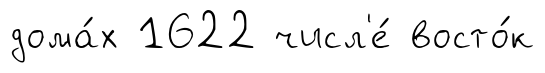
дома́х 1622 числ'е́ восто́к